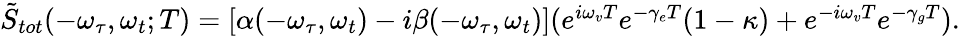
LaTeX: \begin{array}{r}{\tilde{S}_{tot}(-\omega_{\tau},\omega_{t};T)=[\alpha(-\omega_{\tau},\omega_{t})-i\beta(-\omega_{\tau},\omega_{t})](e^{i\omega_{v}T}e^{-\gamma_{e}T}(1-\kappa)+e^{-i\omega_{v}T}e^{-\gamma_{g}T}).}\end{array}